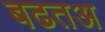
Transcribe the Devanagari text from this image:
बढतअ